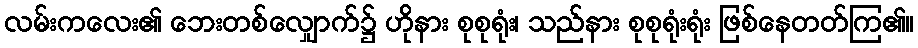
လမ်းကလေး၏ ဘေးတစ်လျှောက်၌ ဟိုနား စုစုရုံး၊ သည်နား စုစုရုံးရုံး ဖြစ်နေတတ်ကြ၏။